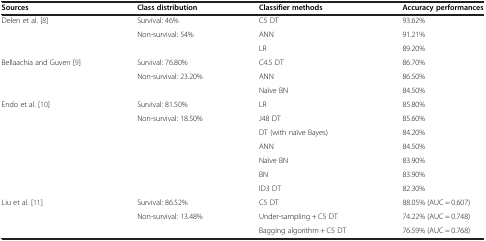
<table><thead><tr><td><b>Sources</b></td><td><b>Class distribution</b></td><td><b>Classifier methods</b></td><td><b>Accuracy performances</b></td></tr></thead><tbody><tr><td rowspan="3">Delen et al. [8]</td><td>Survival: 46%</td><td>C5 DT</td><td>93.62%</td></tr><tr><td rowspan="2">Non-survival: 54%</td><td>ANN</td><td>91.21%</td></tr><tr><td>LR</td><td>89.20%</td></tr><tr><td rowspan="3">Bellaachia and Guven [9]</td><td>Survival: 76.80%</td><td>C4.5 DT</td><td>86.70%</td></tr><tr><td rowspan="2">Non-survival: 23.20%</td><td>ANN</td><td>86.50%</td></tr><tr><td>Naïve BN</td><td>84.50%</td></tr><tr><td rowspan="7">Endo et al. [10]</td><td>Survival: 81.50%</td><td>LR</td><td>85.80%</td></tr><tr><td rowspan="6">Non-survival: 18.50%</td><td>J48 DT</td><td>85.60%</td></tr><tr><td>DT (with naïve Bayes)</td><td>84.20%</td></tr><tr><td>ANN</td><td>84.50%</td></tr><tr><td>Naïve BN</td><td>83.90%</td></tr><tr><td>BN</td><td>83.90%</td></tr><tr><td>ID3 DT</td><td>82.30%</td></tr><tr><td rowspan="2">Liu et al. [11]</td><td>Survival: 86.52%</td><td>C5 DT</td><td>88.05% (AUC = 0.607)</td></tr><tr><td>Non-survival: 13.48%</td><td>Under-sampling + C5 DT</td><td>74.22% (AUC = 0.748)</td></tr><tr><td> </td><td> </td><td>Bagging algorithm + C5 DT</td><td>76.59% (AUC = 0.768)</td></tr></tbody></table>